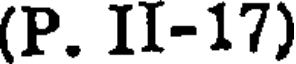
(P. II-17)